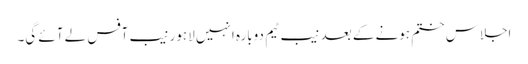
اجلاس ختم ہونے کے بعد نیب ٹیم دوبارہ انہیں لاہور نیب آفس لے آئے گی۔